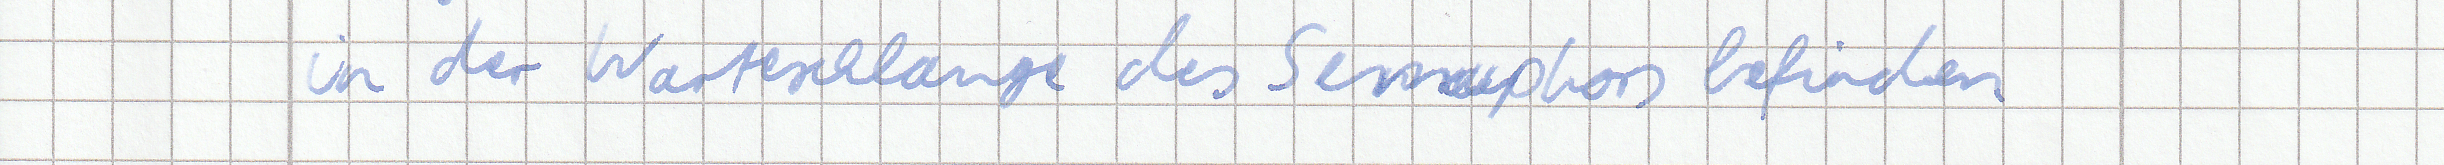
in der Warteschlange des Semaphors befinden